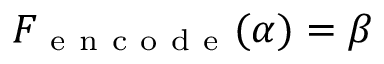
F _ { \mathrm { ~ e ~ n ~ c ~ o ~ d ~ e ~ } } ( \alpha ) = \beta